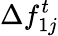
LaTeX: \Delta f_{1j}^{t}